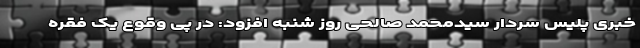
خبری پلیس سردار سیدمحمد صالحی روز شنبه افزود: در پی وقوع یک فقره